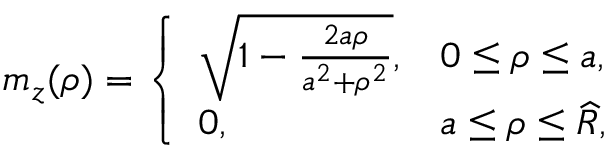
\begin{array} { r } { m _ { z } ( \rho ) = \left\{ \begin{array} { l l } { \sqrt { 1 - \frac { 2 a \rho } { a ^ { 2 } + \rho ^ { 2 } } } , } & { 0 \leq \rho \leq a , } \\ { 0 , } & { a \leq \rho \leq \widehat { R } , } \end{array} \right. } \end{array}